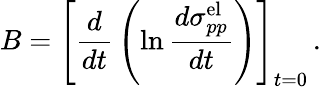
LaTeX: B=\left[{\frac{d}{dt}}\left(\ln{\frac{d\sigma_{pp}^{\mathrm{el}}}{dt}}\right)\right]_{t=0}\, .